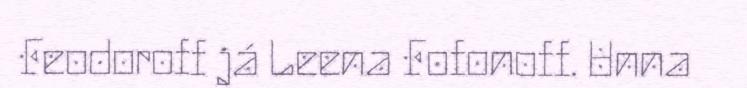
Feodoroff já Leena Fofonoff. Unna